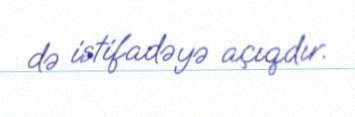
də istifadəyə açıqdır.